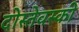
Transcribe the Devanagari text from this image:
दोस्तेवस्की